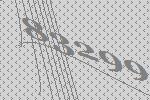
83299